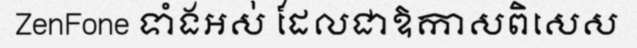
ZenFone ទាំងអស់ ដែលជាឱកាសពិសេស